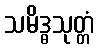
သမိဒ္ဓသုတ္တံ